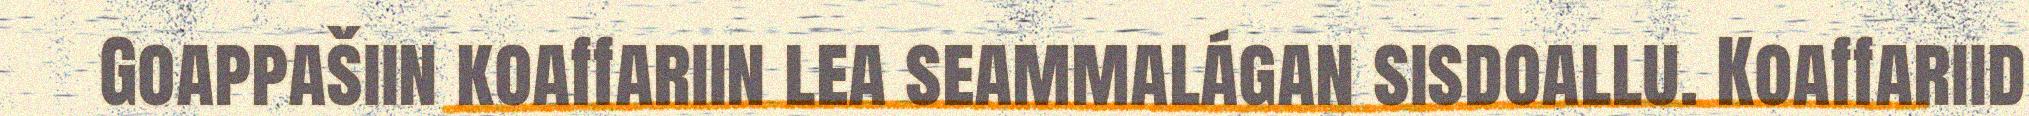
Goappašiin koaffariin lea seammalágan sisdoallu. Koaffariid